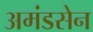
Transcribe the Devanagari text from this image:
अमंडसेन